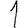
Digit: 1